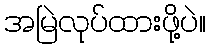
အမြဲလုပ်ထားဖို့ပဲ။